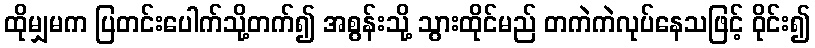
ထိုမျှမက ပြတင်းပေါက်သို့တက်၍ အစွန်းသို့ သွားထိုင်မည် တကဲကဲလုပ်နေသဖြင့် ဝိုင်း၍